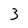
Character: 3